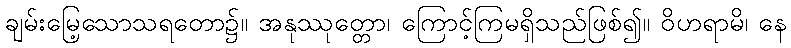
ချမ်းမြေ့သောသရတော၌။ အနုဿုတ္တော၊ ကြောင့်ကြမရှိသည်ဖြစ်၍။ ဝိဟရာမိ၊ နေ